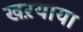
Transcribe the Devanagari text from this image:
खऱयाया